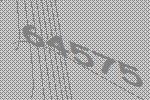
64575